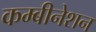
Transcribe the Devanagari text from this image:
कम्बीनेशन